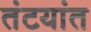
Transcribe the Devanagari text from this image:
तंटयांत